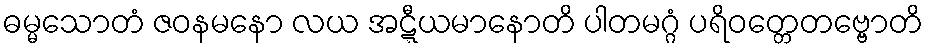
ဓမ္မသောတံ ဇဝနမနော လယ အဋ္ဋီယမာနောတိ ပါတမဂ္ဂံ ပရိဝတ္တေတဗ္ဗောတိ